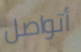
أتواصل